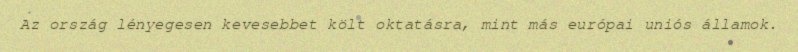
Az ország lényegesen kevesebbet költ oktatásra, mint más európai uniós államok.